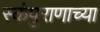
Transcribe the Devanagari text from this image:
स्कंपुराणाच्या